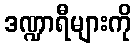
ဒဏ္ဍာရီများကို